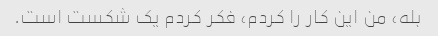
بله، من این کار را کردم، فکر کردم یک شکست است.